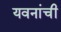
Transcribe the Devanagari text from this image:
यवनांची